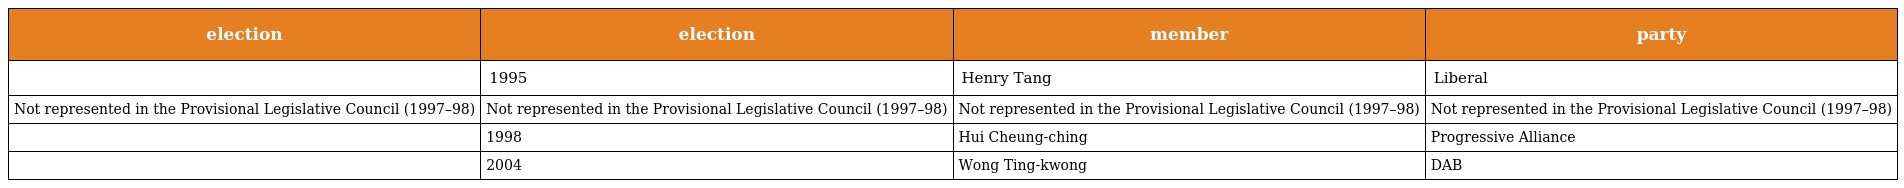
| election | election | member | party |
 | --- | --- | --- | --- |
 |  | 1995 | Henry Tang | Liberal |
 | Not represented in the Provisional Legislative Council (1997–98) | Not represented in the Provisional Legislative Council (1997–98) | Not represented in the Provisional Legislative Council (1997–98) | Not represented in the Provisional Legislative Council (1997–98) |
 |  | 1998 | Hui Cheung-ching | Progressive Alliance |
 |  | 2004 | Wong Ting-kwong | DAB |